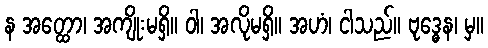
န အတ္ထော၊ အကျိုးမရှိ။ ဝါ၊ အလိုမရှိ။ အဟံ၊ ငါသည်။ ဗုဒ္ဓေန၊ မှ။